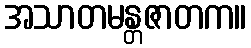
အသာတမန္တဇာတက။